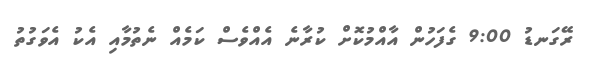
ރޭގަނޑު 9:00 ގެފަހުން އާއްމުކޮށް ކުރާނެ އެއްވެސް ކަމެއް ނެތުމާއި އެކު އެވަގުތު